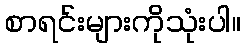
စာရင်းများကိုသုံးပါ။